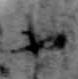
や